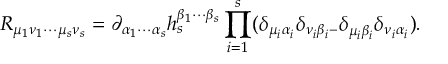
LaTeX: R _ { \mu _ { 1 } \nu _ { 1 } \cdots \mu _ { s } \nu _ { s } } = \partial _ { \alpha _ { 1 } \cdots \alpha _ { s } } h _ { s } ^ { \beta _ { 1 } \cdots \beta _ { s } } \prod _ { i = 1 } ^ { s } ( \delta _ { \mu _ { i } \alpha _ { i } } ^ { { } } \delta _ { \nu _ { i } \beta _ { i } - } \delta _ { \mu _ { i } \beta _ { i } } ^ { { } } \delta _ { \nu _ { i } \alpha _ { i } } ) .